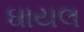
ઘાયલ